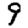
Digit: 9